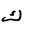
Letter: _kaf